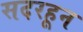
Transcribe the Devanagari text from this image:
सदरहून